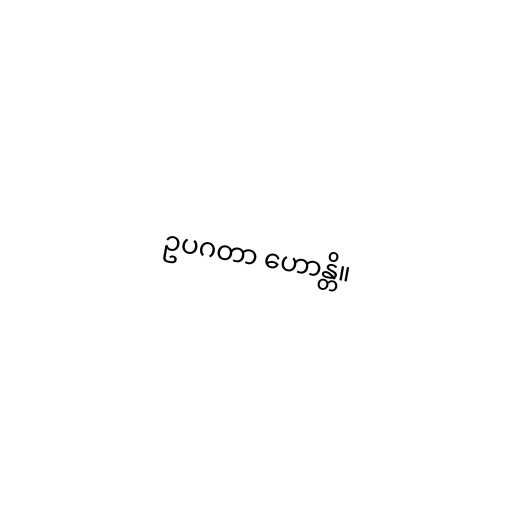
ဥပဂတာ ဟောန္တိ။